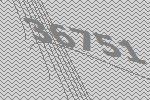
36751